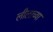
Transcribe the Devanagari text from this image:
लीलाच्या